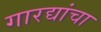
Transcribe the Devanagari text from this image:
गारद्यांचा